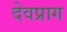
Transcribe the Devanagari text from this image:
देवप्राग